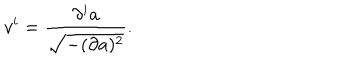
LaTeX: v ^ { i } = \frac { \partial ^ { i } a } { \sqrt { - ( \partial a ) ^ { 2 } } } .